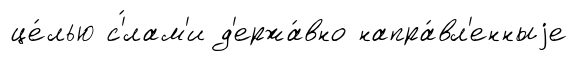
це́лью с'́лам'и д'ержа́вно напра́вл'енныjе